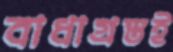
বাধাগ্রস্তই